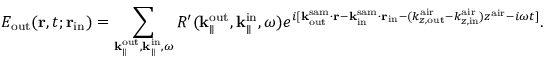
E _ { \mathrm { o u t } } ( { \bf r } , t ; { \bf r } _ { \mathrm { i n } } ) = \sum _ { { \bf k } _ { \parallel } ^ { \mathrm { o u t } } , { \bf k } _ { \parallel } ^ { \mathrm { i n } } , \omega } R ^ { \prime } ( { \bf k } _ { \parallel } ^ { \mathrm { o u t } } , { \bf k } _ { \parallel } ^ { \mathrm { i n } } , \omega ) e ^ { i [ { \bf k } _ { \mathrm { o u t } } ^ { \mathrm { s a m } } \cdot { \bf r } - { \bf k } _ { \mathrm { i n } } ^ { \mathrm { s a m } } \cdot { \bf r } _ { \mathrm { i n } } - ( k _ { z , \mathrm { o u t } } ^ { \mathrm { a i r } } - k _ { z , \mathrm { i n } } ^ { \mathrm { a i r } } ) z ^ { \mathrm { a i r } } - i \omega t ] } .